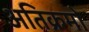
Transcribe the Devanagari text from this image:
अतिक्रमों